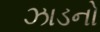
ઝાડનો